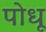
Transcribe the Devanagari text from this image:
पोधू